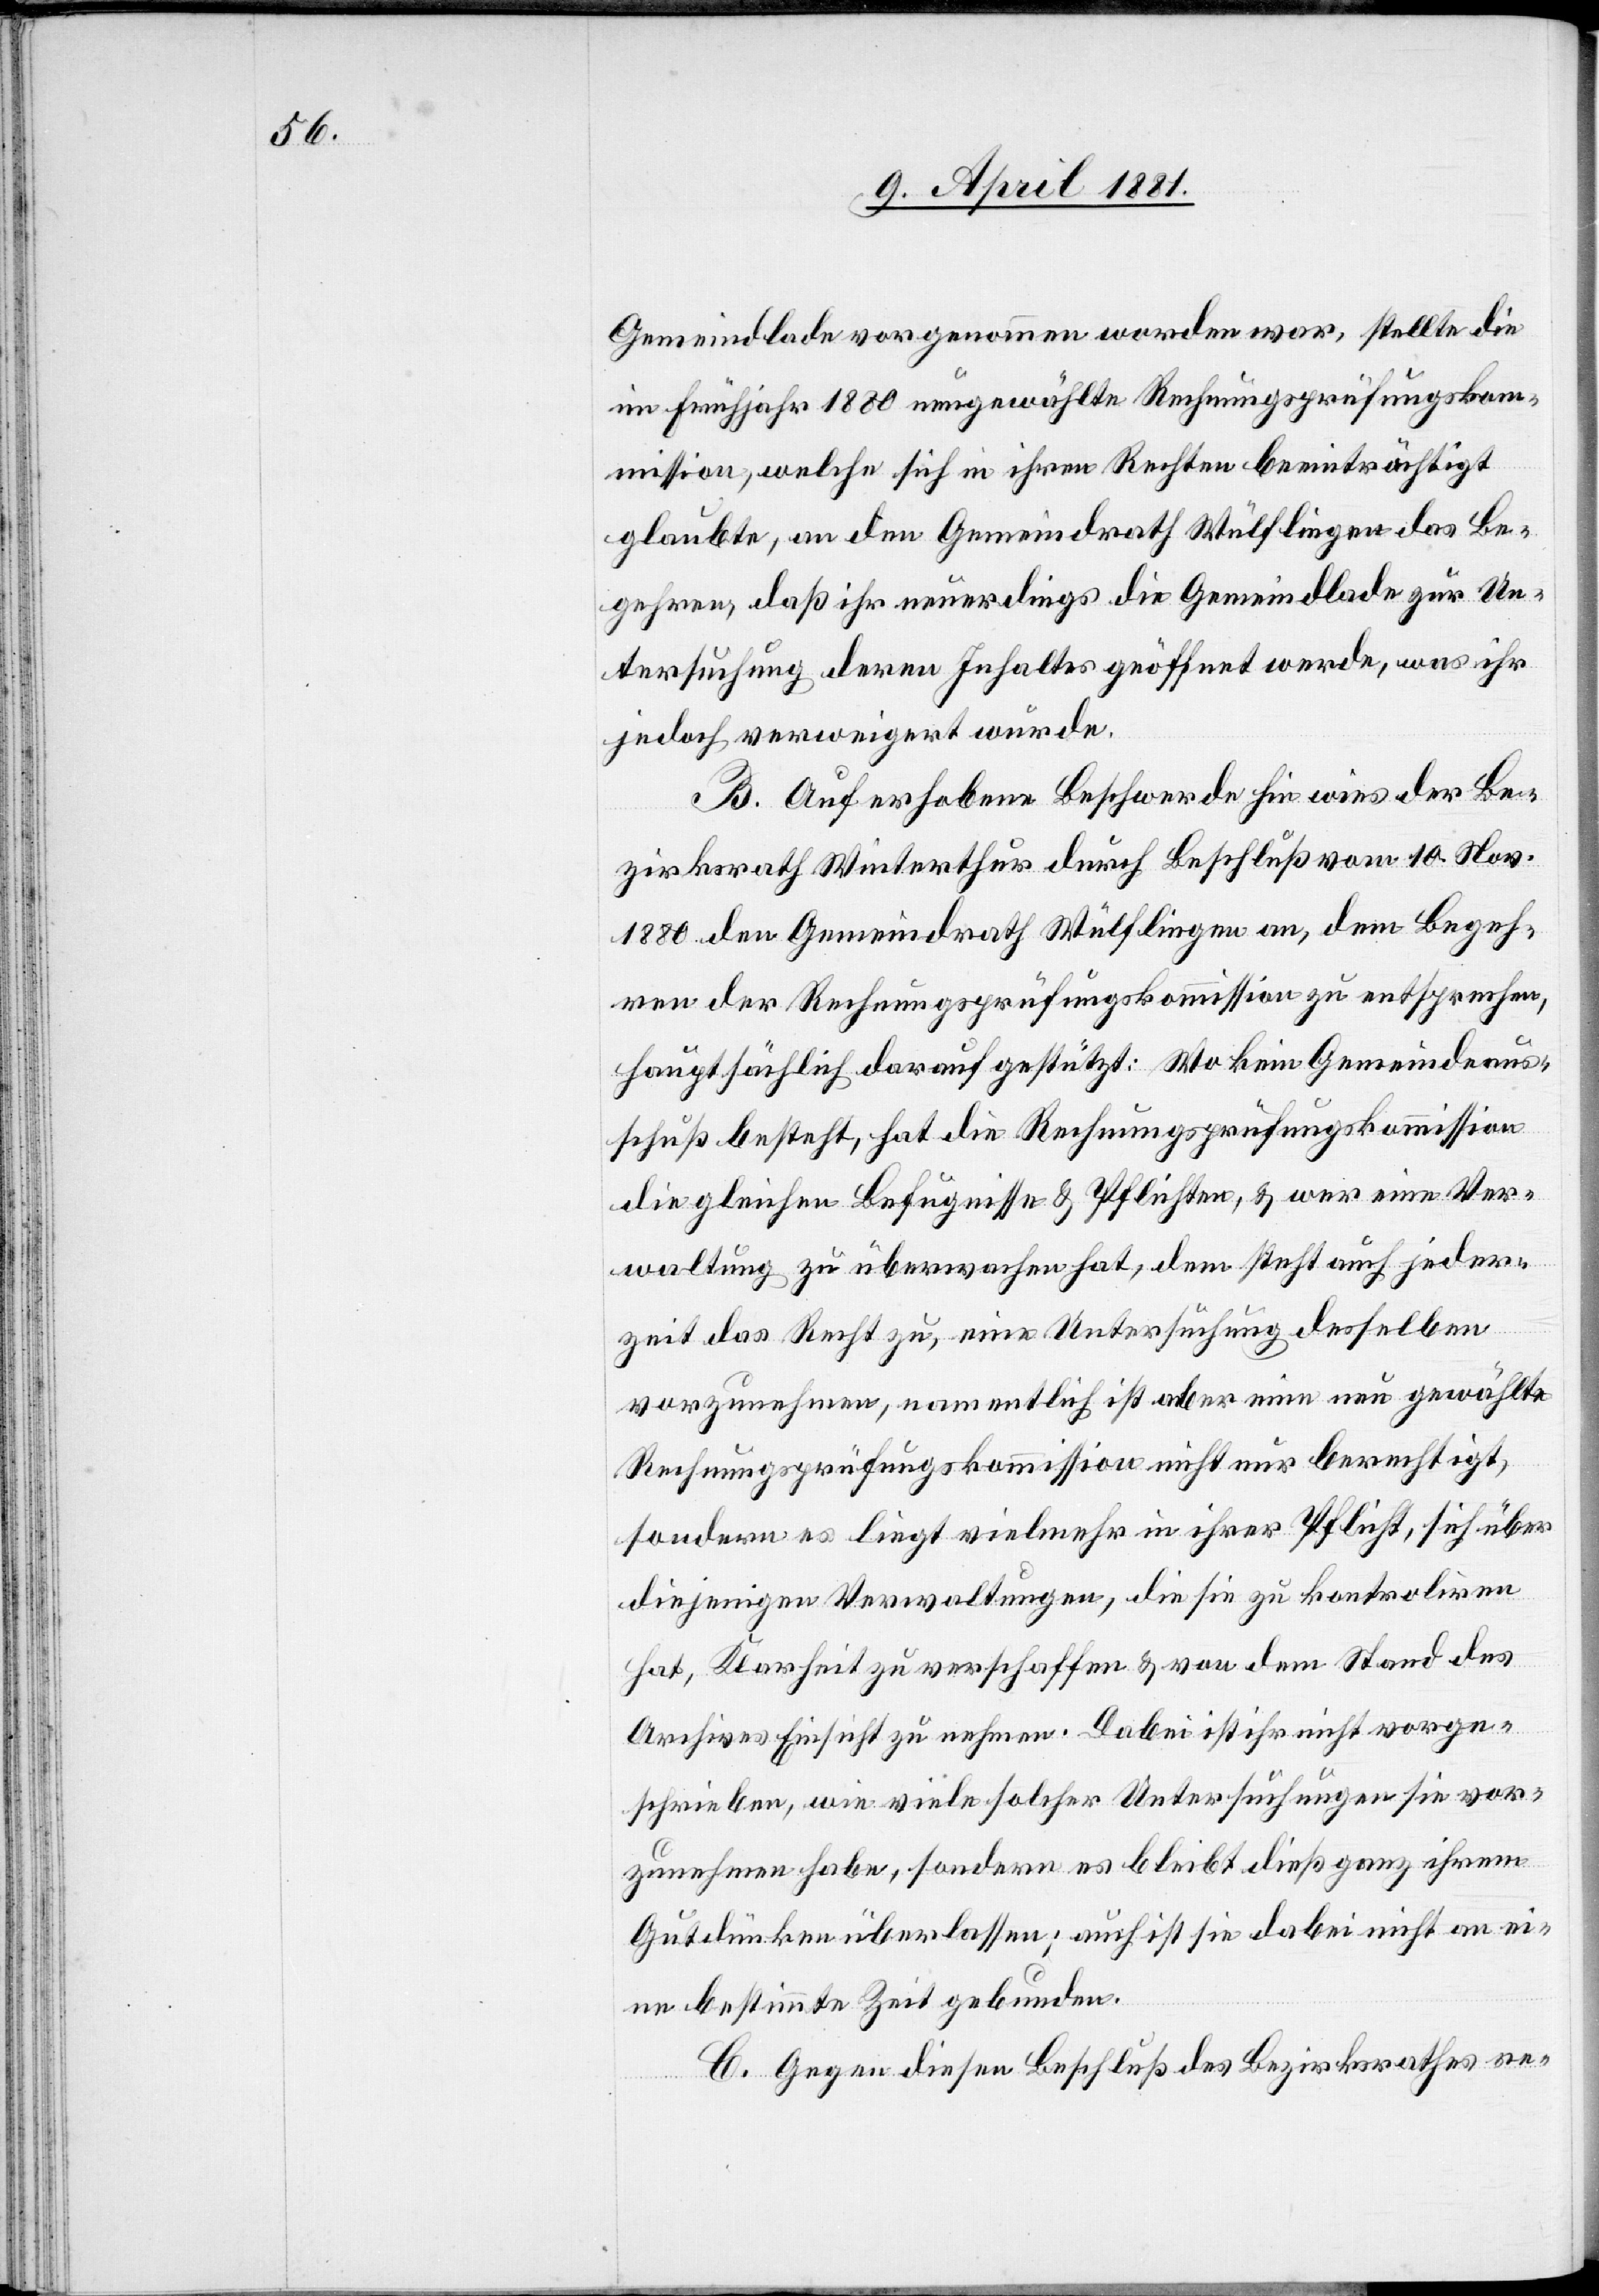
Gemeindlade vorgenommen worden war, stellte die
im Frühjahr 1880 neugewählte Rechnungsprüfungskom¬
mission, welche sich in ihren Rechten beeinträchtigt
glaubte, an den Gemeindrath Wülflingen das Be¬
gehren daß ihr neuerdings die Gemeindlade zur Un¬
tersuchung deren Inhaltes geöffnet werde, was ihr
jedoch verweigert wurde.
B. Auf erhobene Beschwerde hin wies der Be¬
zirksrath Winterthur durch Beschluß vom 10. Nov.
1880 den Gemeindrath Wülflingen an, dem Begeh¬
ren der Rechnungsprüfungskommission zu entsprechen,
hauptsächlich darauf gestützt: Wo kein Gemeindeaus¬
schuß besteht, hat die Rechnungsprüfungskommission
die gleichen Befugnisse & Pflichten, & wer eine Ver¬
waltung zu überwachen hat, dem steht auch jeder¬
zeit das Recht zu, eine Untersuchung desselben
vorzunehmen, namentlich ist aber eine neu gewählte
Rechungsprüfungskommission nicht nur berechtigt,
sondern es liegt vielmehr in ihrer Pflicht, sich über
diejenigen Verwaltungen, die sie zu kontroliren
hat, Klarheit zu verschaffen & von dem Stand des
Archives Einsicht zu nehmen. Dabei ist ihr nicht vorge¬
schrieben, wie viele solche Untersuchungen sie vor¬
zunehmen habe, sondern es bleibt dieß ganz ihrem
Gutdünken überlassen; auch ist sie dabei nicht an ei¬
ne bestimmte Zeit gebunden.
C. Gegen diesen Beschluß des Bezirksrathes re-